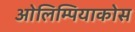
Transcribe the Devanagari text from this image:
ओलिम्पियाकोस